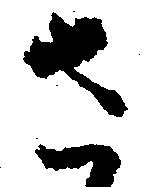
さ